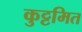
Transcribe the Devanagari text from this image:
कुट्टमित